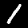
Label: 1